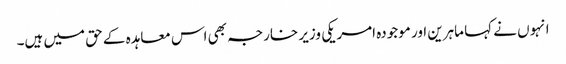
انہوں نے کہا ماہرین اور موجودہ امریکی وزیر خارجہ بھی اس معاہدہ کے حق میں ہیں۔